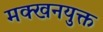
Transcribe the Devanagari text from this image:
मक्खनयुक्त